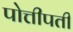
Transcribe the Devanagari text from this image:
पोत्तीपती